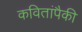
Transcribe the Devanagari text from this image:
कवितांपैकी